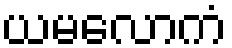
ယမလောကံ